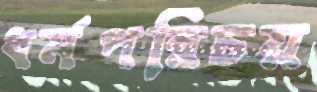
ধর্মপরিচয়